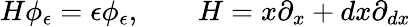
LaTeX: H\phi_{\epsilon}=\epsilon\phi_{\epsilon},\qquad H=x\partial_{x}+dx\partial_{dx}